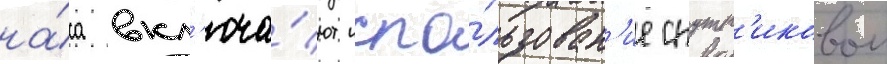
на́са вкл'юча́ют испо́льзован'ие спутн'иковои